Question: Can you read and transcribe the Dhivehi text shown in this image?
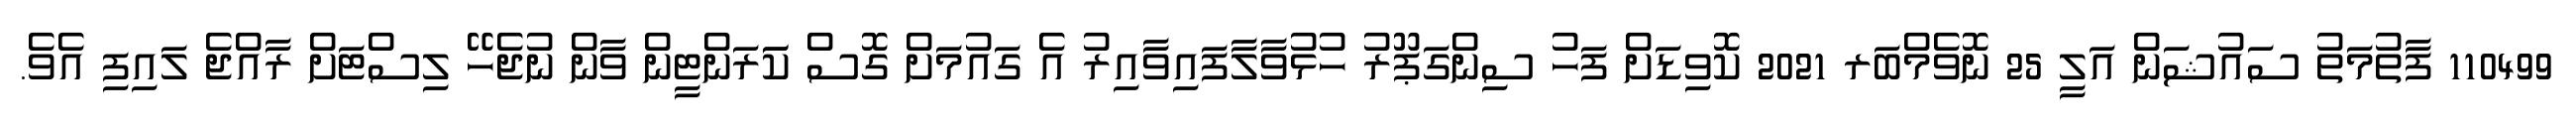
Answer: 110499 ފާތުމަތު ސައުޝަން އަލީ 25 ނޮވެމްބަރ 2021 ކޮވިޑަށް ފަހު ސިންގަޕޫރު ހުޅުވާލާފައިވާއިރު އެ ގައުމަށް ގޮސް ކަަރަންޓީން ވާން ނުޖެހޭ ލިސްޓަށް ރާއްޖެ ލައިފި އެވެ.